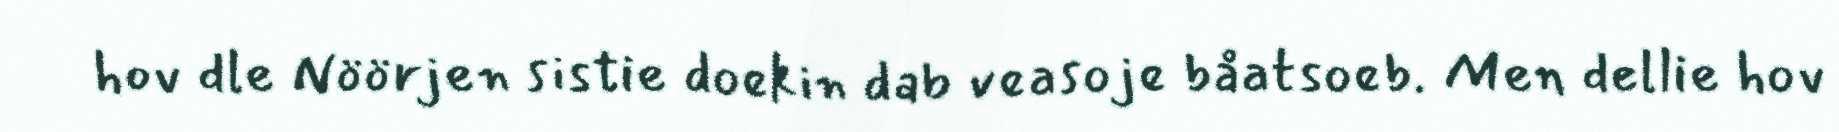
hov dle Nöörjen sistie doekin dab veasoje båatsoeb. Men dellie hov